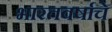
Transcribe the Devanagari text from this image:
भारतवर्षाचे